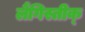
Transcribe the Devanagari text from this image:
लैंगिस्तीक्